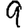
Digit: 9